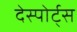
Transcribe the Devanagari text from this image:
देस्पोर्ट्स